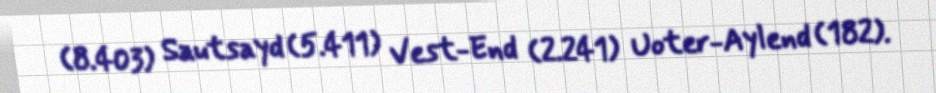
(8.403) Sautsayd (5.411) Vest-End (2.241) Uoter-Aylend (182).